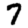
Digit: 7